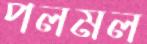
পলমল